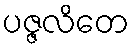
ပဇ္ဇလိတေ